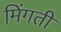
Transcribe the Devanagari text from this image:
मिंगती